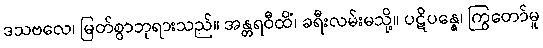
ဒသဗလေ၊ မြတ်စွာဘုရားသည်။ အန္တရဝီထိံ၊ ခရီးလမ်းမသို့။ ပဋိပန္နေ၊ ကြွတော်မူ